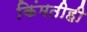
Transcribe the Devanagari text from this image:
किंमतीही